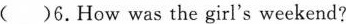
()6.How was the girl's weekend?